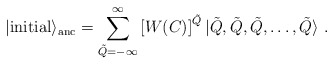
\begin{align*}|{\rm initial}\rangle_{\rm anc}=\sum_{\tilde Q=-\infty}^\infty \left[W(C)\right]^{\tilde Q}|\tilde Q,\tilde Q,\tilde Q,\dots,\tilde Q\rangle~.\end{align*}